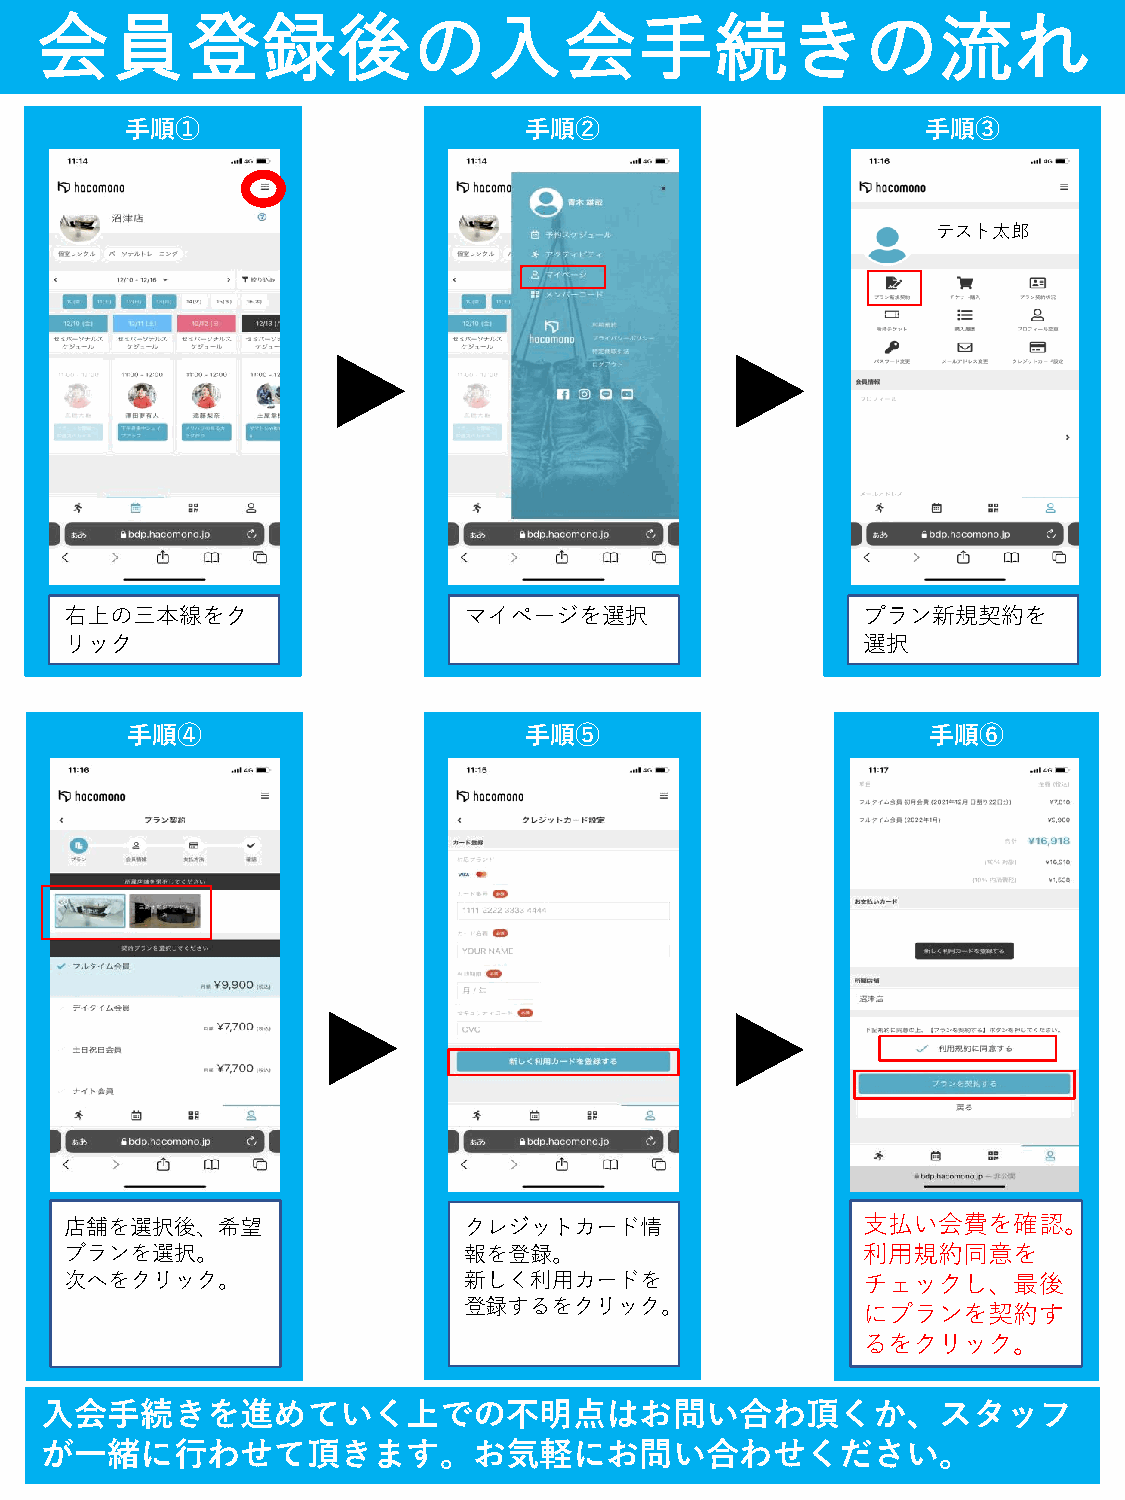
会員登録後の入会手続きの流れ
 手順①                        手順②                       手順③
 テスト太郎
 右上の三本線をク                   マイページを選択                  プラン新規契約を
 リック                                                  選択
 手順④                        手順⑤                        手順⑥
 店舗を選択後、希望                  クレジットカード情                 支払い会費を確認。
 プランを選択。                    報を登録。                     利用規約同意を
 次へをクリック。                   新しく利用カードを                 チェックし、最後
 登録するをクリック。                にプランを契約す
 るをクリック。
 入会手続きを進めていく上での不明点はお問い合わ頂くか、スタッフ
 が一緒に行わせて頂きます。お気軽にお問い合わせください。